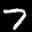
Label: 7